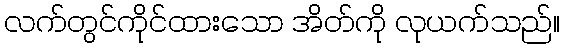
လက်တွင်ကိုင်ထားသော အိတ်ကို လုယက်သည်။